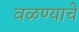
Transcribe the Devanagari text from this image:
वळण्याचे